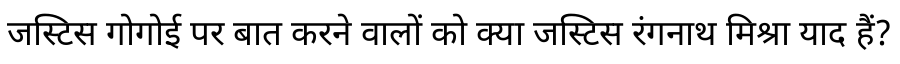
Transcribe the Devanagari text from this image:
जस्टिस गोगोई पर बात करने वालों को क्या जस्टिस रंगनाथ मिश्रा याद हैं?